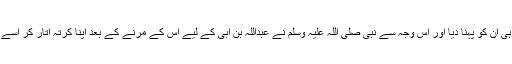
نبی صلی اللہ علیہ وسلم نے وہی ان کو پہنا دیا اور اس وجہ سے نبی صلی اللہ علیہ وسلم نے عبداللہ بن ابی کے لیے اس کے مرنے کے بعد اپنا کرتہ اتار کر اسے دے دیا کہ اسے پہنایا جائے۔